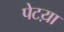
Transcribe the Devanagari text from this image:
पेटय़ा